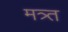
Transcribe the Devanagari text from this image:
मत्र्त